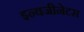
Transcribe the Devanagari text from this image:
इन्वजीनेटस